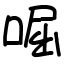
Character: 啒